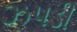
ઝપડી